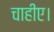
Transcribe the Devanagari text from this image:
चाहीए।